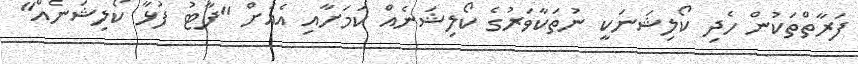
ފަރާތްތަކުން ހެދި ކޯލިޝަނަކީ ނުތަކާވަރުގެ ކޯލިޝަނެއް ކަމަށާއި އެއަށް "ފާޓު ފުޅާ ކޯލިޝަނެއް"